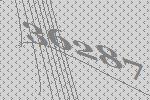
36287